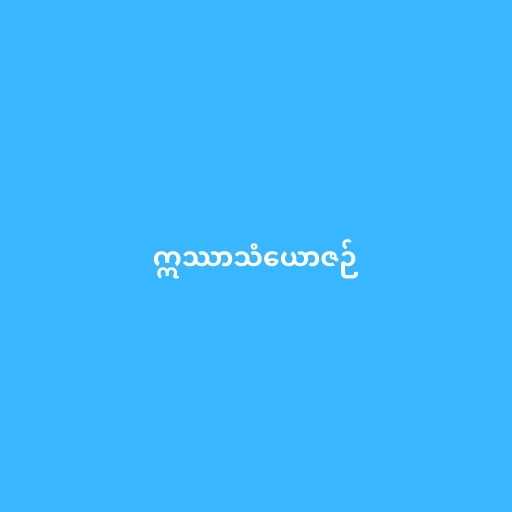
ဣဿာသံယောဇဉ်